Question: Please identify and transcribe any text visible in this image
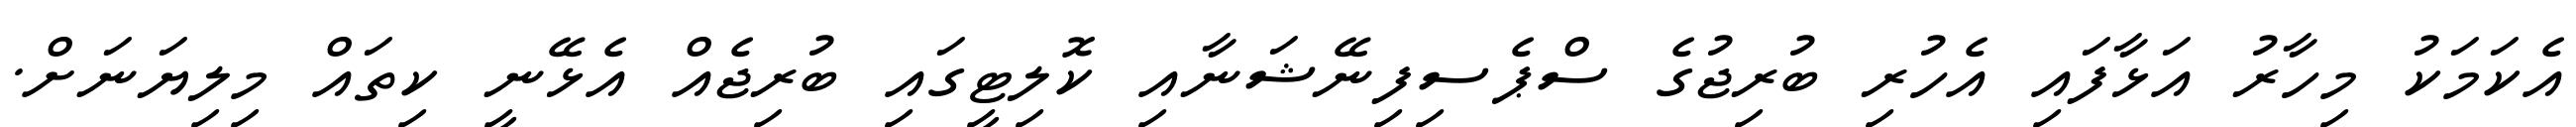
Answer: އެކަމަކު މިހާރު އަޅާފައި އެހުރި ބުރިޖުގެ ސްޕެސިފިނޭޝަނާއި ކޮލިޓީގައި ބުރިޖެއް އެޅޭނީ ކިތައް މިލިޔަނަށް.